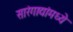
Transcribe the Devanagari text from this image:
सारंगाद्यांमध्ये